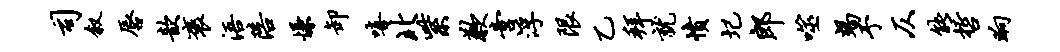
司叙唇歆褒浯陪慊卸嘻北紫歉啻浮限乙拜就愤圮郎噬竭予仄能哲晌